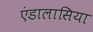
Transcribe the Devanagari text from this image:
एंडालासिया